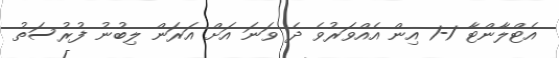
އެޓްލާންޓާ 1-1 އިން އެއްވަރުވެ ދެ ވަނަ އަށް އަރަން ލިބުނު ފުރުސަތު